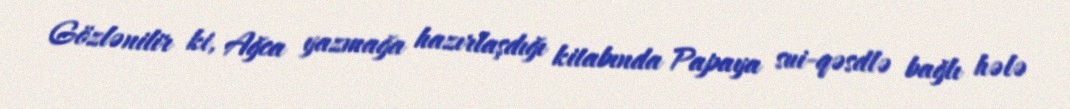
Gözlənilir ki, Ağca yazmağa hazırlaşdığı kitabında Papaya sui-qəsdlə bağlı hələ